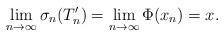
LaTeX: \begin{align*}\lim_{n \rightarrow \infty} \sigma_n(T_n^\prime) = \lim_{n \rightarrow \infty} \Phi(x_n) = x.\end{align*}